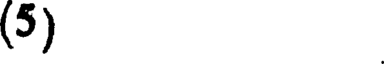
(5)